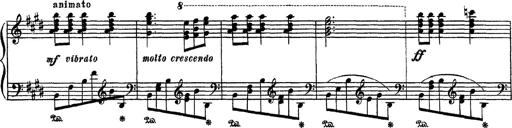
Title: Apparitions
Composer: Franz Liszt